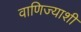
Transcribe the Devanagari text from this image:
वाणिज्याशी